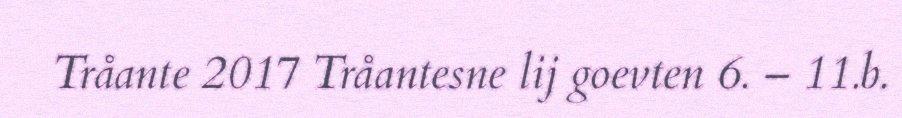
Tråante 2017 Tråantesne lij goevten 6. – 11.b.